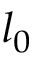
l _ { 0 }